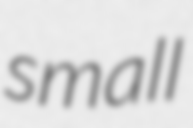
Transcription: small